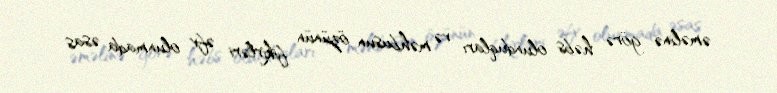
əməlinə görə həbs olunduqları və məhbusun özünün fikirləri əfv olunmada əsas